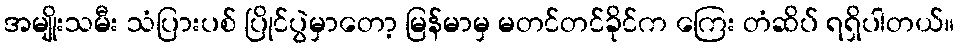
အမျိုးသမီး သံပြားပစ် ပြိုင်ပွဲမှာတော့ မြန်မာမှ မတင်တင်ခိုင်က ကြေး တံဆိပ် ရရှိပါတယ်။